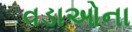
વડાઓના